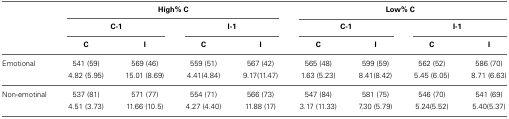
|  | <COLSPAN=4> High% C | <COLSPAN=4> Low% C |
 |  | <COLSPAN=2> C-1 | <COLSPAN=2> I-1 | <COLSPAN=2> C-1 | <COLSPAN=2> I-1 |
 |  | C | I | C | I | C | I | C | I |
 | --- | --- | --- | --- | --- | --- | --- | --- | --- |
 | Emotional | 541 (59) | 569 (46) | 559 (51) | 567 (42) | 565 (48) | 599 (59) | 562 (52) | 586 (70) |
 |  | 4.82 (5.95) | 15.01 (8.69) | 4.41(4.84) | 9.17(11.47) | 1.63 (5.23) | 8.41(8.42) | 5.45 (6.05) | 8.71 (6.63) |
 | Non-emotinal | 537 (81) | 571 (77) | 554 (71) | 566 (73) | 547 (84) | 581 (75) | 546 (70) | 541 (69) |
 |  | 4.51 (3.73) | 11.66 (10.5) | 4.27 (4.40) | 11.88 (17) | 3.17 (11.33) | 7.30 (5.79) | 5.24(5.52) | 5.40(5.37) |